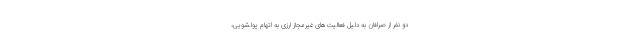
دو نفر از صرافان به دلیل فعالیت‌های غیرمجاز ارزی به اتهام پولشویی،